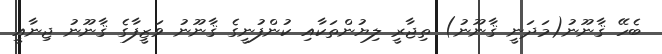
ބެހޭ ޤާނޫނު(މަދަނީ ޤާނޫނު) ތިޖާރީ ލިޔުންތަކާއި ކުންފުނީގެ ޤާނޫނު ވަޒީފާގެ ޤާނޫނު ޖިނާއީ